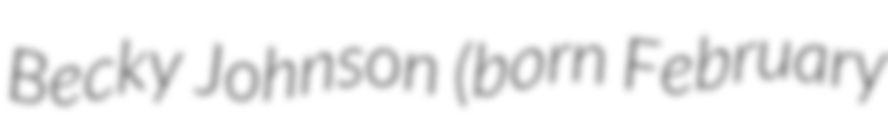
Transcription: Becky Johnson (born February